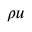
\rho \ensuremath { \boldsymbol } { u }